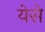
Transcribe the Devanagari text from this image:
येसे